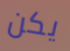
يكن